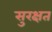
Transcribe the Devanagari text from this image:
सुरक्षत